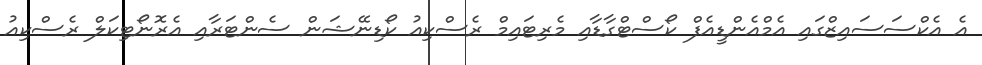
އެ އެކްސަސައިޒްގައި އެމްއެންޑީއެފް ކޯސްޓްގާޑާއި މެރިޓައިމް ރެސްކިއު ކޯޑިނޭޝަން ސެންޓަރާއި އެރޮނޯޓިކަލް ރެސްކިއު